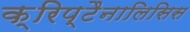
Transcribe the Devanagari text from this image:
क्रिप्टैनालिसिस